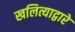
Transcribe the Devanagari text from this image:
खलित्याद्वारे